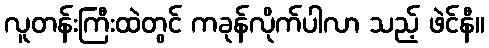
လူတန်းကြီးထဲတွင် ကခုန်လိုက်ပါလာ သည့် ဖဲင်နီ။